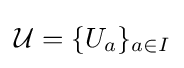
{\mathcal {U}}=\{U_{a}\}_{a\in I}